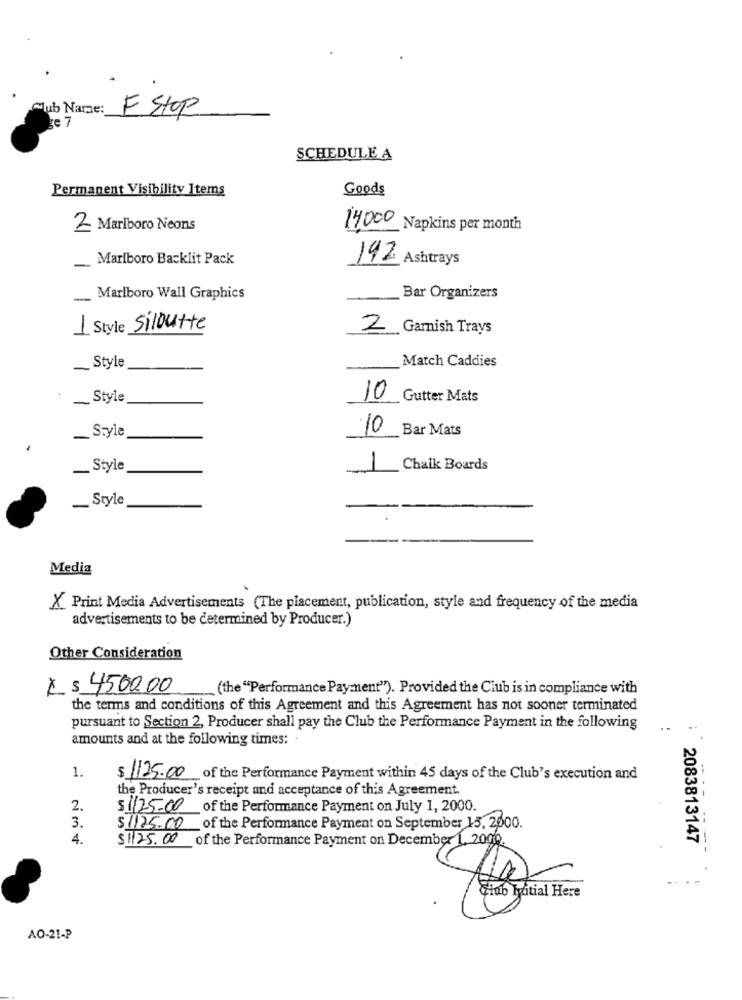
Mub Name:
F Stop
ke 7
SCHEDULE A
Permanent Visibility Items
Goods
2 Marlboro Neons
14000 Napkins per month
-
Marlboro Backlit Pack
192 Ashtrays
Marlboro Wall Graphics
Bar Organizers
1 Style Siloutte
2 Garnish Trays
Match Caddies
Style
-
Style
10
Gutter Mats
_Style
10
Bar Mats
_ Style
-
1
Chalk Boards
_ Style
Media
X Print Media Advertisements (The placement, publication, style and frequency of the media
advertisements to be determined by Producer.)
Other Consideration
¿ $ 4500,00
(the "Performance Payment"). Provided the Club is in compliance with
the terms and conditions of this Agreement and this Agreement has not sooner terminated
pursuant to Section 2, Producer shall pay the Club the Performance Payment in the following
amounts and at the following times: .
1.
$ 1125.00 of the Performance Payment within 45 days of the Club's execution and
the Producer's receipt and acceptance of this Agreement.
2.
$ 1125.00 of the Performance Payment on July 1, 2000.
3.
$1125.00
of the Performance Payment on September 15, 2000.
4.
$1125.00 of the Performance Payment on December 1, 2000.
: 2083813147
Fino Tatial Here
AO-21-P